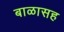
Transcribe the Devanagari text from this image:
बाळासह